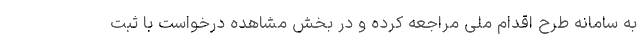
به سامانه طرح اقدام ملی مراجعه کرده و در بخش مشاهده درخواست با ثبت